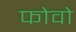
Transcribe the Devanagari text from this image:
फोवो